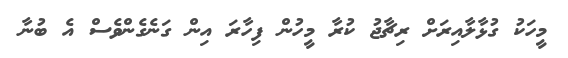
މީހަކު ގުޅާލާއިރަށް ރިޗާޖު ކުރާ މީހުން ފިހާރަ އިން ގަނެގެންވެސް އެ ބުނާ